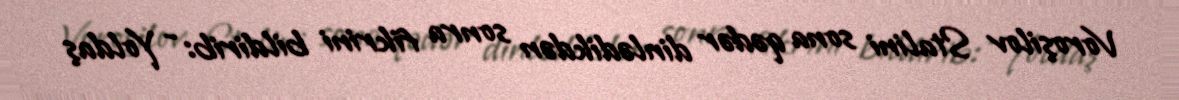
Voroşilov Stalini sona qədər dinlədikdən sonra fikrini bildirib: - Yoldaş